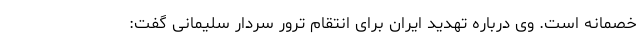
خصمانه است. وی درباره تهدید ایران برای انتقام ترور سردار سلیمانی گفت: